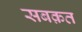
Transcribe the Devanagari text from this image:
सबक़त